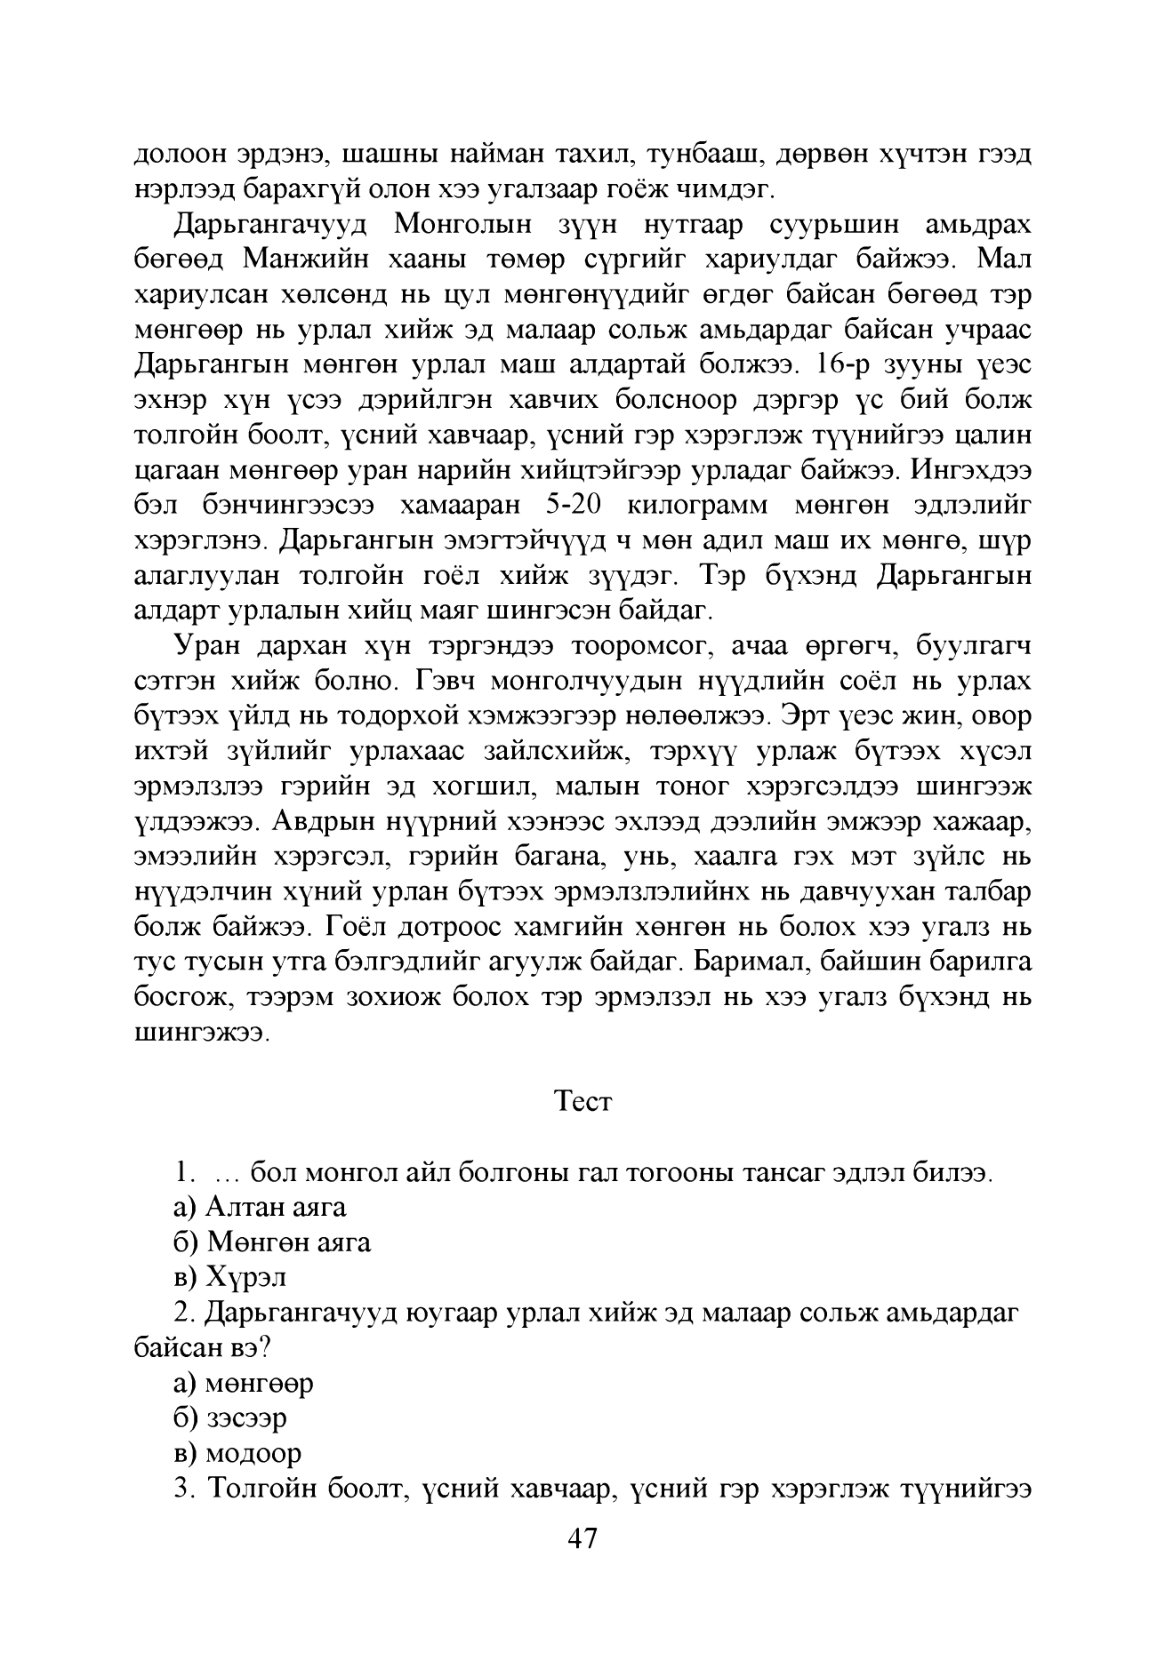
Language: mn